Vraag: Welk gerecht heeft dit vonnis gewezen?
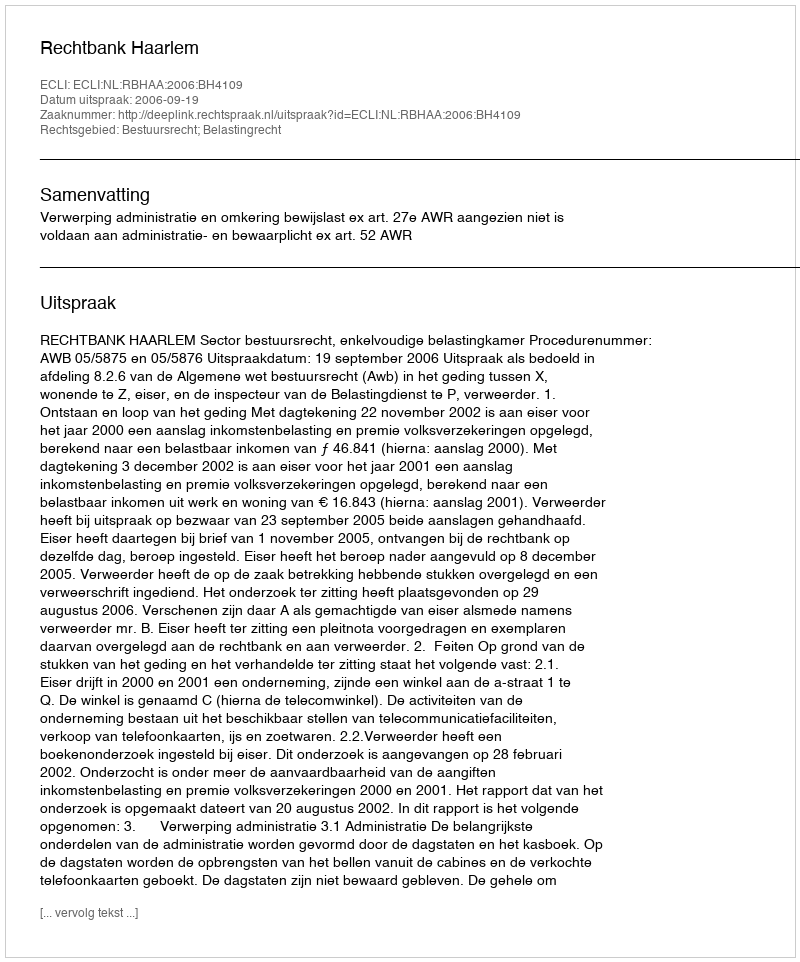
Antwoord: Rechtbank Haarlem